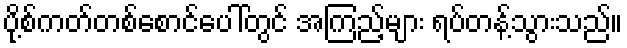
ပို့စ်ကတ်တစ်စောင်ပေါ်တွင် အကြည့်များ ရပ်တန့်သွားသည်။